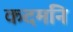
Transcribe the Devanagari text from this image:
कदमनि